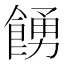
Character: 𩜳